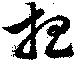
想